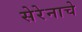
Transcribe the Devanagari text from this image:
सेरेनाचे